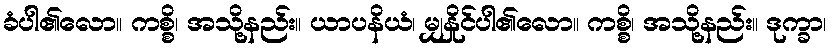
ခံပါ၏လော။ ကစ္စိ၊ အသို့နည်း။ ယာပနိယံ၊ မျှနှိုင်ပါ၏လော။ ကစ္စိ၊ အသို့နည်း။ ဒုက္ခာ၊